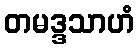
တမဒ္ဒသာဟံ